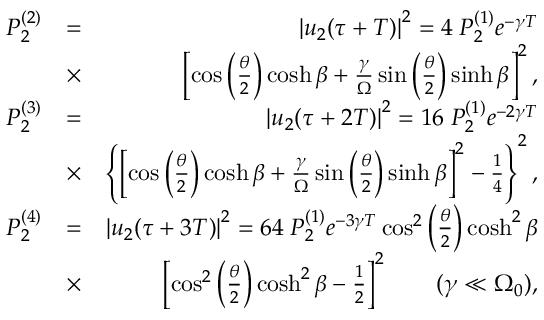
\begin{array} { r l r } { P _ { 2 } ^ { ( 2 ) } } & { = } & { \left| u _ { 2 } ( \tau + T ) \right| ^ { 2 } = 4 \; P _ { 2 } ^ { ( 1 ) } e ^ { - \gamma T } } \\ & { \times } & { \left[ \cos \left( \frac { \theta } { 2 } \right) \cosh \beta + \frac { \gamma } { \Omega } \sin \left( \frac { \theta } { 2 } \right) \sinh \beta \right] ^ { 2 } , } \\ { P _ { 2 } ^ { ( 3 ) } } & { = } & { \left| u _ { 2 } ( \tau + 2 T ) \right| ^ { 2 } = 1 6 \; P _ { 2 } ^ { ( 1 ) } e ^ { - 2 \gamma T } } \\ & { \times } & { \left\{ \left[ \cos \left( \frac { \theta } { 2 } \right) \cosh \beta + \frac { \gamma } { \Omega } \sin \left( \frac { \theta } { 2 } \right) \sinh \beta \right] ^ { 2 } - \frac { 1 } { 4 } \right\} ^ { 2 } , } \\ { P _ { 2 } ^ { ( 4 ) } } & { = } & { \left| u _ { 2 } ( \tau + 3 T ) \right| ^ { 2 } = 6 4 \; P _ { 2 } ^ { ( 1 ) } e ^ { - 3 \gamma T } \cos ^ { 2 } \left( \frac { \theta } { 2 } \right) \cosh ^ { 2 } \beta } \\ & { \times } & { \left[ \cos ^ { 2 } \left( \frac { \theta } { 2 } \right) \cosh ^ { 2 } \beta - \frac { 1 } { 2 } \right] ^ { 2 } \qquad ( \gamma \ll \Omega _ { 0 } ) , } \end{array}